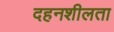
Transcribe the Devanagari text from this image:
दहनशीलता